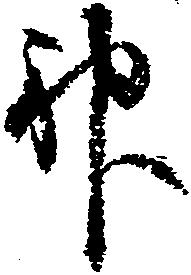
神